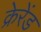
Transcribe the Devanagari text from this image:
क्रेरेंड